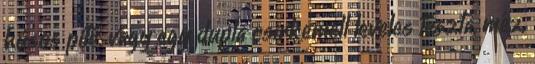
húsos pite. vagy egy dupla csirkemell leveles tészta, méz,